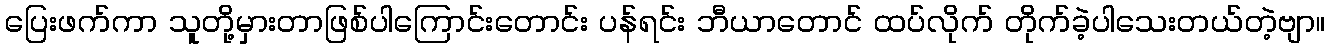
ပြေးဖက်ကာ သူတို့မှားတာဖြစ်ပါကြောင်းတောင်း ပန်ရင်း ဘီယာတောင် ထပ်လိုက် တိုက်ခဲ့ပါသေးတယ်တဲ့ဗျာ။